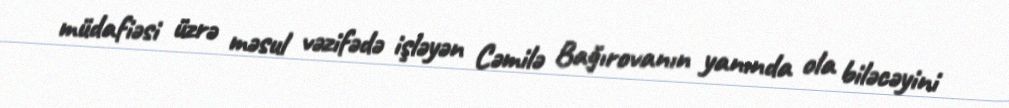
müdafiəsi üzrə məsul vəzifədə işləyən Cəmilə Bağırovanın yanında ola biləcəyini